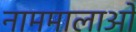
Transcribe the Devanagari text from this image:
नाममालाओं